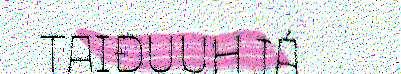
TAIĐUUH JÁ